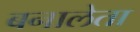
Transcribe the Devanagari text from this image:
बनालेता